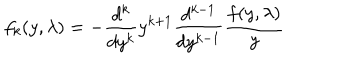
f _ { k } ( y , \lambda ) = - \frac { d ^ { k } } { d y ^ { k } } y ^ { k + 1 } \frac { d ^ { k - 1 } } { d y ^ { k - 1 } } \frac { f ( y , \lambda ) } { y }